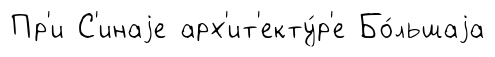
Пр'и С'инаjе арх'ит'екту́р'е Бо́льшаjа